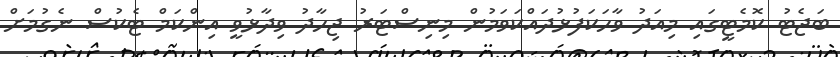
ބަޖެޓު ކޮމެޓީގައި މިއަދު ވާހަކަފުޅުދައްކަވަމުން މިނިސްޓަރު ޖިހާދު ވިދާޅުވީ އިންކަމް ޓެކުސް ނެގުމަށް